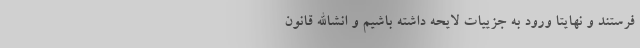
فرستند و نهایتا ورود به جزییات لایحه داشته باشیم و انشاالله قانون